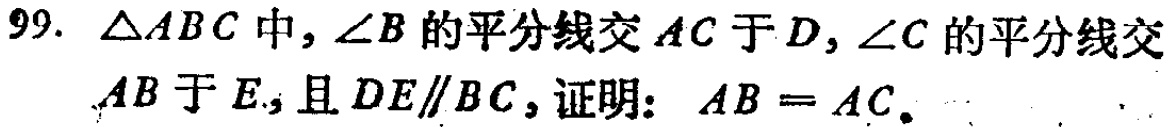
99. $\triangle ABC$中，$\angle B$的平分线交$AC$于$D$，$\angle C$的平分线交$AB$于$E$，且$DE\parallel BC$，证明：$AB = AC$。